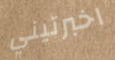
اخبرتيني